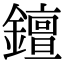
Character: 𨭖